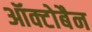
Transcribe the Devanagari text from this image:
ऑक्टोबैन